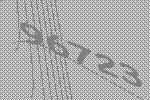
96723